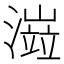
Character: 𤀆